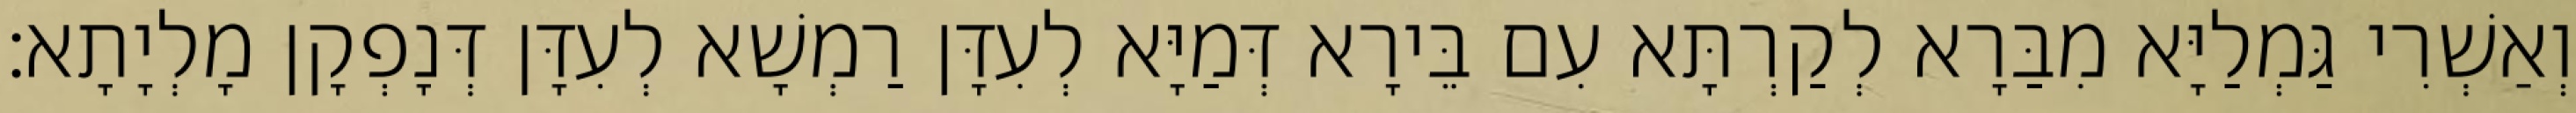
וְאַשְׁרִי גַּמְלַיָּא מִבַּרָא לְקַרְתָּא עִם בֵּירָא דְּמַיָּא לְעִדָּן רַמְשָׁא לְעִדָּן דְּנָפְקָן מָלְיָתָא׃